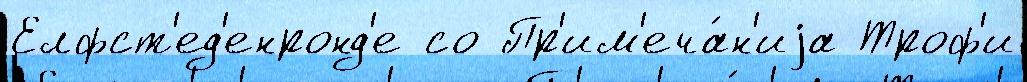
Елфст'ед'енронд'е со Пр'им'еча́н'иjа Троф'и